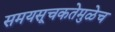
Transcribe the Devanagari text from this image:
समयसूचकतेमुळेच